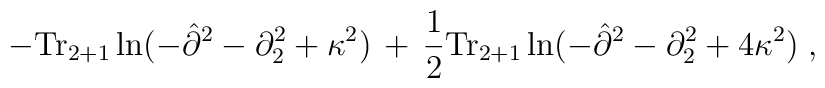
-{\rm Tr}_{2+1}\ln(-{\hat \partial}^2 - \partial_2^2 + \kappa^2) \,+\, \frac{1}{2}{\rm Tr}_{2+1}\ln(-{\hat \partial}^2 - \partial_2^2 + 4 \kappa^2) \;,